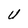
Character: U